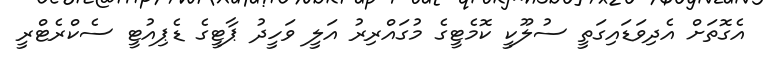
އެގޮތަށް އެދިވަޑައިގަތީ ސުލޫކީ ކޮމެޓީގެ މުގައްރިރު އަލީ ވަހީދު ޕާޓީގެ ޑެޕިއުޓީ ސެކްރެޓްރީ